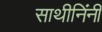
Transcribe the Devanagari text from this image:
साथीनिंनी